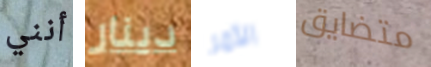
أنني دينار الأمر متضايق